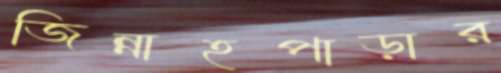
জিন্নাহপাড়ার